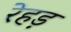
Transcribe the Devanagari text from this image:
रेहड़